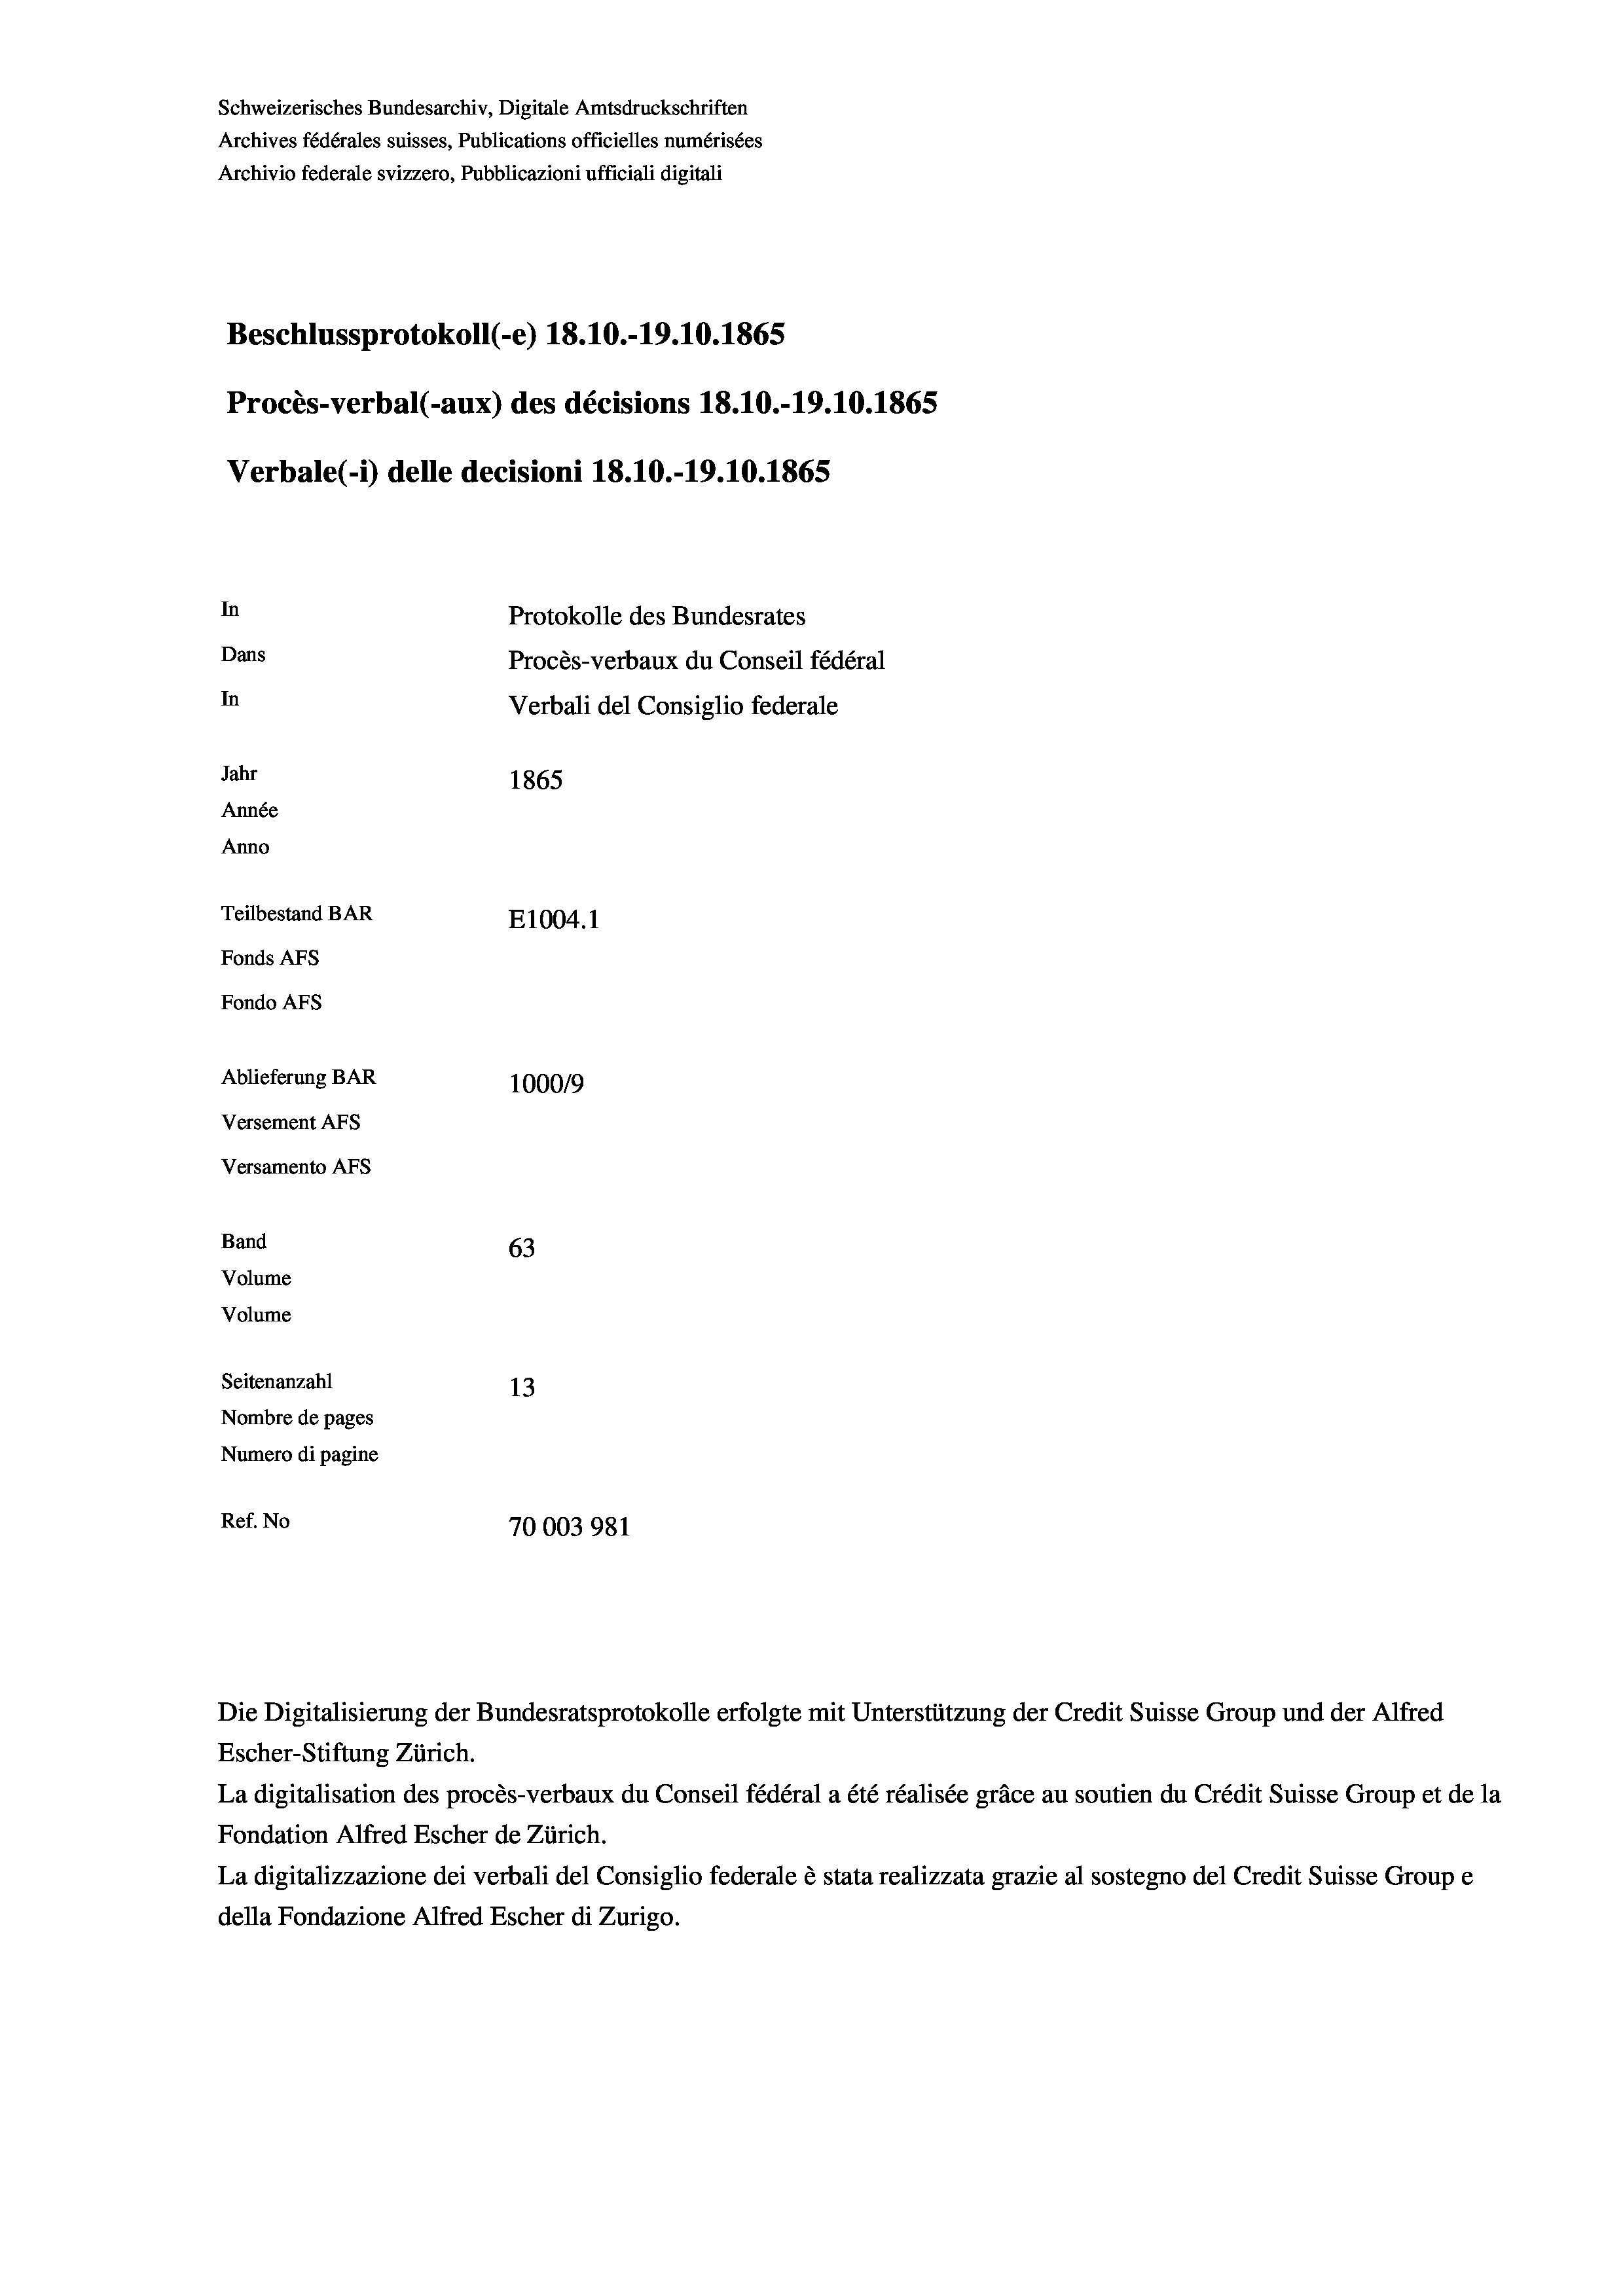
Schweizerisches Bundesarchiv, Digitale Amtsdruckschriften
Archives fédérales suisses, Publications officielles numérisées
Archivio federale svizzero, Pubblicazioni ufficiali digitali
Beschlussprotokoll (-e) 18.10.-19.10.1865
Procès-verbal (-aux) des décisions 18.10.-19.10.1865
Verbale (- 1) delle decisioni 18.10.-19.10.1865
In
Protokolle des Bundesrates
Dans
Procès-verbaux du Conseil fédéral
In
Verbali del Consiglio federale
Jahr
1865
Année
Anno
Teilbestand BAR
E1004.1
Fonds AFs
Fondo Afs
Ablieferung BAR
100019
Versement Ans
Versamento Afs
Band
63
Volume
Volume
Seitenanzahl
13

Nombre de pages
Numero di pagine
Ref. No
70003981

Escher-Stiftung Zürich.
La digitalisation des procès-verbaux du Conseil fédéral a été réalisée gräce au soutien du Crédit Suisse Group et de la
Fondation Alfred Escher de Zürich.
La digitalizzazione dei verbali del Consiglio federale è stata realizzata grazie al sostegno del Credit Suisse Groupe
della Fondazione Alfred Escher di Zurigo.

Die Digitalisierung der Bundesratsprotokolle erfolgte mit Unterstützung der Credit Suisse Group und der Alfred